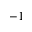
^ { - 1 }